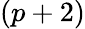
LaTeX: (p+2)